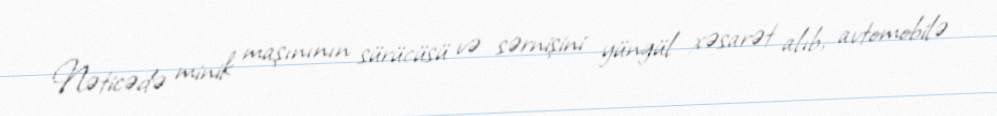
Nəticədə minik maşınının sürücüsü və sərnişini yüngül xəsarət alıb, avtomobilə